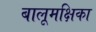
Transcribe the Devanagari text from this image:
बालूमक्षिका